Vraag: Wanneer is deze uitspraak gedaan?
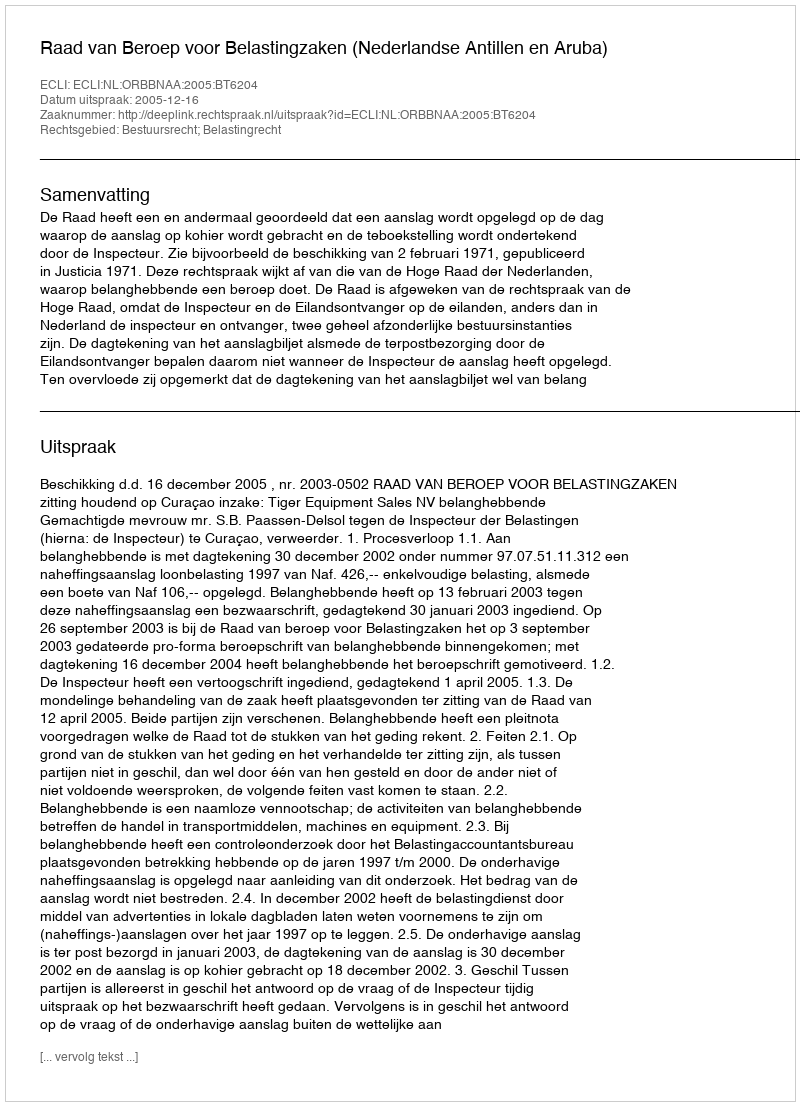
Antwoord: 2005-12-16